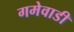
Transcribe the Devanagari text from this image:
गमेवाडी